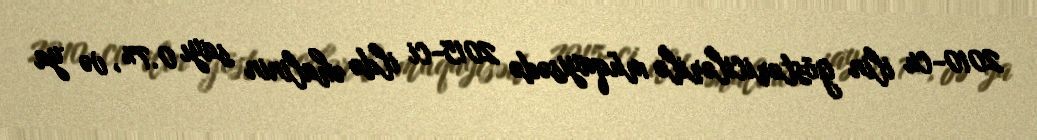
2010-cu ilin göstəricilərilə müqayisədə 2015-ci ildə əhalinin sayı 0.7%, və ya